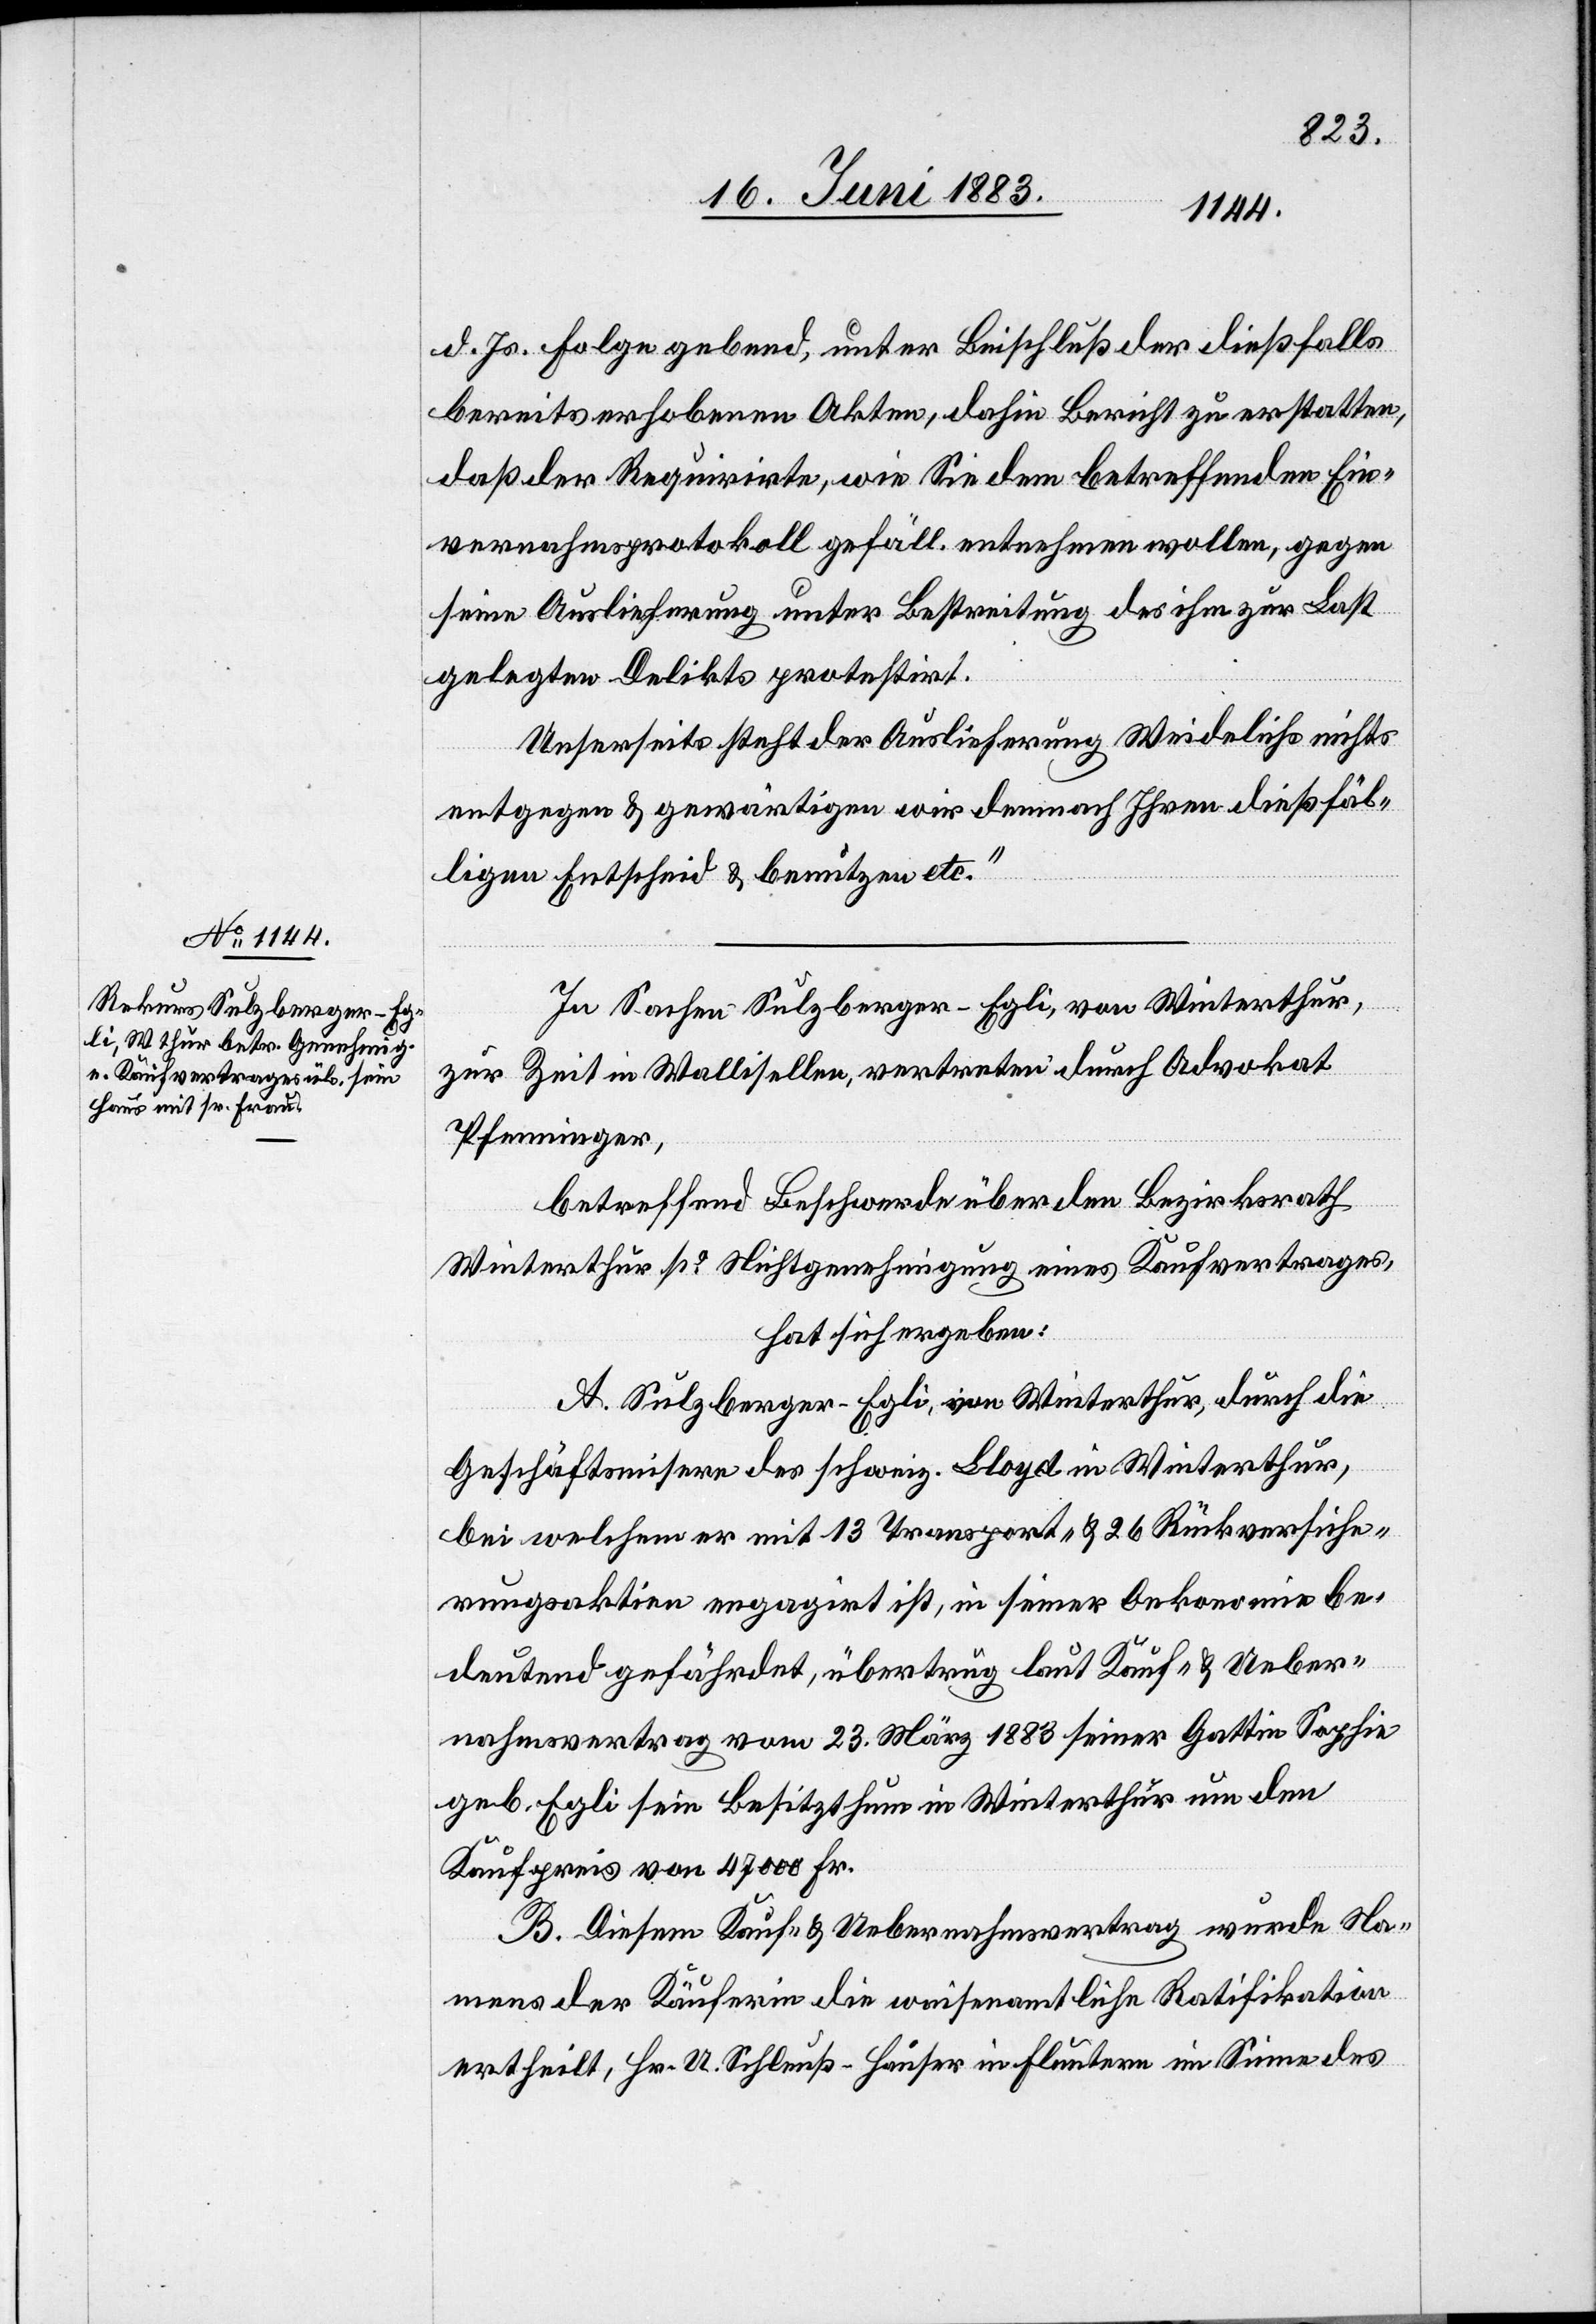
20. Juni 1883.]
d. Js. Folge gebend, unter Beischluß der dießfalls
bereits erhobenen Akten, dahin Bericht zu erstatten,
daß der Requirirte, wie Sie dem betreffenden Ein¬
vernahmsprotokoll gefäll. entnehmen wollen, gegen
seine Auslieferung unter Bestreitung des ihm zur Last
gelegten Delikts protestirt.
Unserseits steht der Auslieferung Weidelichs nichts
entgegen & gewärtigen wir demnach Ihren dießfäl¬
ligen Entscheid & benützen etc.“
In Sachen Sulzberger-Egli, von Winterthur,
zur Zeit in Wallisellen, vertreten durch Advokat
Pfenninger,
betreffend Beschwerde über den Bezirksrath
Winterthur po Nichtgenehmigung eines Kauvertrages,
hat sich ergeben:
A. Sulzberger-Egli, von Winterthur, durch die
Geschäftsmisere des schweiz. Lloyd in Winterthur,
bei welchem er mit 13 Transport- & 26 Rückversiche¬
rungsaktien engagirt ist, in seiner Oekonomie be¬
deutend gefährdet, übertrug laut Kauf- & Ueber¬
nahmsvertrag vom 23. März 1883 seiner Gattin Sophie
geb. Egli sein Besitzthum in Winterthur um den
Kaufpreis von 4700 Fr.
B. Diesem Kauf- & Uebernehmsvertrag wurde Na¬
mens der Käuferin die waisenamtliche Ratifikation
ertheilt, Hr. U. Schleuß-Häuser in Fluntern im Sinne des